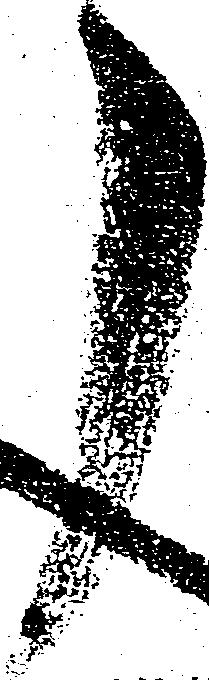
了